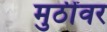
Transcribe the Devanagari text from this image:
मुठींवर